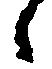
候